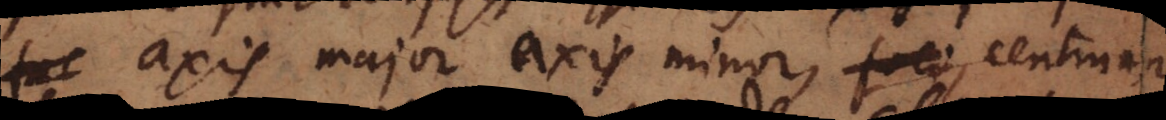
axis major axis minor, centrum,